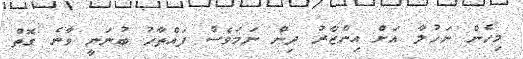
މިހެން ނަހުލާ އަށް އިންޒާރު ދިން ނަމަވެސް ފައްތާހު ބުނަނީ ވާނެ ގޮތް